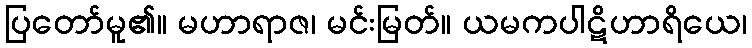
ပြတော်မူ၏။ မဟာရာဇ၊ မင်းမြတ်။ ယမကပါဋိဟာရိယေ၊